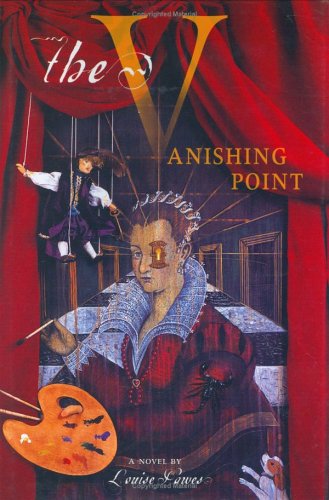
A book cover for The Vanishing Point; Louise Hawes; Teen & Young Adult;